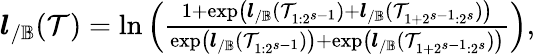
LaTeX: \begin{array}{r}{\boldsymbol{l}_{/\mathbb{B}}(\mathcal{T})=\ln\left(\frac{1+\exp\left(\boldsymbol{l}_{/\mathbb{B}}(\mathcal{T}_{1:2^{s-1}})+\boldsymbol{l}_{/\mathbb{B}}(\mathcal{T}_{1+2^{s-1}:2^{s}})\right)}{\exp\left(\boldsymbol{l}_{/\mathbb{B}}(\mathcal{T}_{1:2^{s-1}})\right)+\exp\left(\boldsymbol{l}_{/\mathbb{B}}(\mathcal{T}_{1+2^{s-1}:2^{s}})\right)}\right),}\end{array}